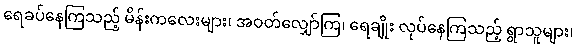
ရေခပ်နေကြသည့် မိန်းကလေးများ၊ အဝတ်လျှော်ကြ၊ ရေချိုး လုပ်နေကြသည့် ရွာသူများ၊